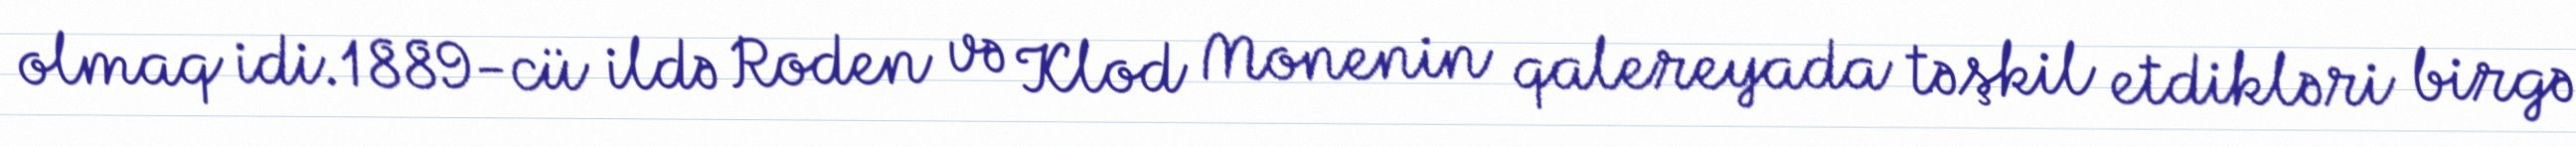
olmaq idi.1889-cü ildə Roden və Klod Monenin qalereyada təşkil etdikləri birgə